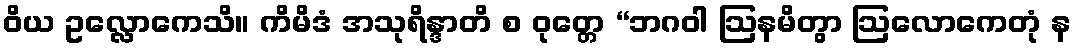
ဝိယ ဥလ္လောကေသိ။ ကိမိဒံ အသုရိန္ဒာတိ စ ဝုတ္တေ “ဘဂဝါ ဩနမိတွာ ဩလောကေတုံ န